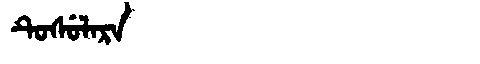
Manchu: ᡨᡠᠰᡠᠯᠠᡵᠠ
Romanization: TUSULARA